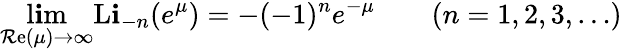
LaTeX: \operatorname*{l\mathbf{i}m}_{\operatorname{\mathcal{R}e}(\mu)\to\infty}\operatorname{L\mathbf{i}}_{-n}(e^{\mu})=-(-1)^{n}e^{-\mu}\qquad(n=1,2,3,\ldots)